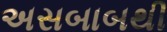
અસબાબથી